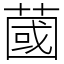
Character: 蔮